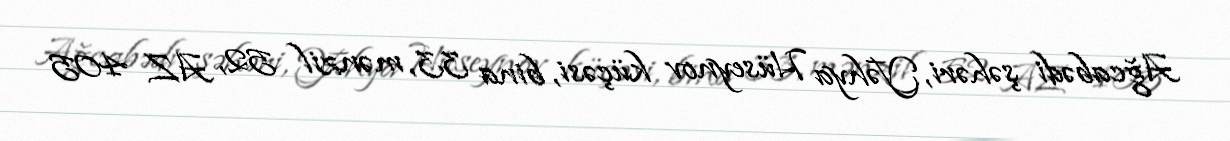
Ağcabədi şəhəri, Yəhya Hüseynov küçəsi, bina 33, mənzil 52, AZ 405